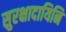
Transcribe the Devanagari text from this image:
सुरक्षादायिनि